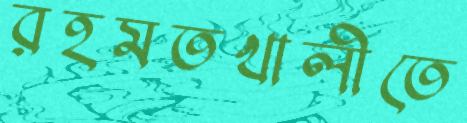
রহমতখালীতে